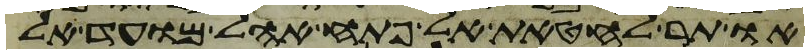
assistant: או תר לחטאת אל פתח אהל מועד אל